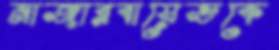
নাজারবায়েভকে